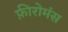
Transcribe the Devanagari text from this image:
फ़ीरोमंस